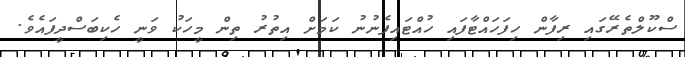
ސްކޫލްތެރޭގައި ރިފާން ހިފަހައްޓާފައި ހުއްޓައިފެނުނު ކަމަށް އިތުރު ތިން މީހަކު ވަނީ ހެކިބަސްދީފައެވެ.